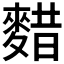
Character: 𱋃